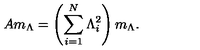
A m _ { \Lambda } = \left( \sum _ { i = 1 } ^ { N } \Lambda _ { i } ^ { 2 } \right) m _ { \Lambda } .